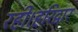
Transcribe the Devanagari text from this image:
रही।हरिद्वार